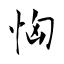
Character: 恟